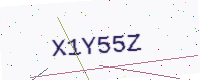
Text: X1Y55Z